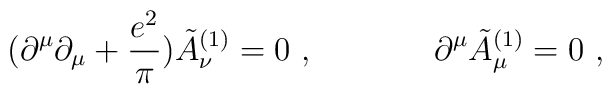
( \partial^\mu \partial_\mu + {e^2 \over \pi } )              \tilde A_{\nu}^{(1)} = 0 ~,  \hskip 1.5cm   \partial^\mu  \tilde A_{\mu}^{(1)} = 0 ~,